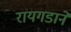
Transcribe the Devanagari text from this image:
रायगडाने